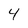
Character: 4